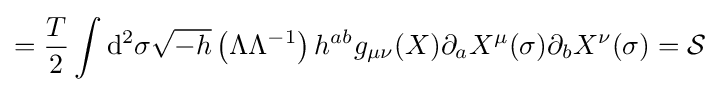
={T \over 2}\int \mathrm {d} ^{2}\sigma {\sqrt {-h}}\left(\Lambda \Lambda ^{-1}\right)h^{ab}g_{\mu \nu }(X)\partial _{a}X^{\mu }(\sigma )\partial _{b}X^{\nu }(\sigma )={\mathcal {S}}